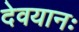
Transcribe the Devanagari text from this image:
देवयानः